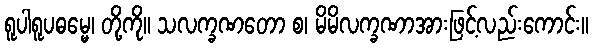
ရူပါရူပဓမ္မေ၊ တို့ကို။ သလက္ခဏတော စ၊ မိမိလက္ခဏာအားဖြင့်လည်းကောင်း။